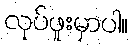
လုပ်ဖူးမှာပါ။